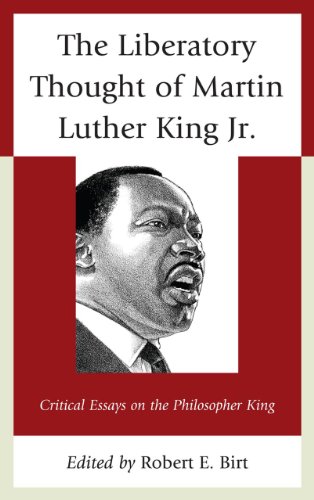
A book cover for The Liberatory Thought of Martin Luther King Jr.: Critical Essays on the Philosopher King; Christian Books & Bibles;